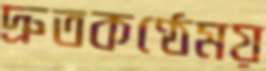
দ্রুতকণ্ঠেময়